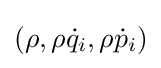
(\rho ,\rho {\dot {q}}_{i},\rho {\dot {p}}_{i})